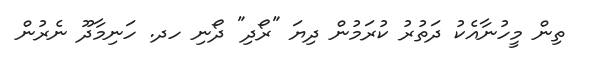
ތިން މީހުނާއެކު ދަތުރު ކުރަމުން ދިޔަ "ރޯދި" ދޯނި ހދ. ހަނިމާދޫ ނެރުން